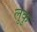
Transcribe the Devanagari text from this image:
लुकु